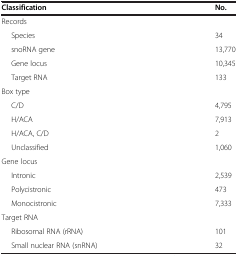
<table><thead><tr><td><b>Classification</b></td><td><b>No.</b></td></tr></thead><tbody><tr><td>Records</td><td> </td></tr><tr><td>Species</td><td>34</td></tr><tr><td>snoRNA gene</td><td>13,770</td></tr><tr><td>Gene locus</td><td>10,345</td></tr><tr><td>Target RNA</td><td>133</td></tr><tr><td>Box type</td><td> </td></tr><tr><td>C/D</td><td>4,795</td></tr><tr><td>H/ACA</td><td>7,913</td></tr><tr><td>H/ACA, C/D</td><td>2</td></tr><tr><td>Unclassified</td><td>1,060</td></tr><tr><td>Gene locus</td><td> </td></tr><tr><td>Intronic</td><td>2,539</td></tr><tr><td>Polycistronic</td><td>473</td></tr><tr><td>Monocistronic</td><td>7,333</td></tr><tr><td>Target RNA</td><td> </td></tr><tr><td>Ribosomal RNA (rRNA)</td><td>101</td></tr><tr><td>Small nuclear RNA (snRNA)</td><td>32</td></tr></tbody></table>